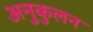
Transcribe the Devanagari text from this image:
अनुकुलन